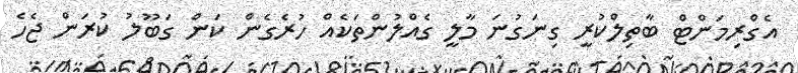
އެގްރިމަންޓް ބާތިލްކުރީ ގިނަގުނަ މާލީ ގެއްލުންތަކެއް ހުރެގެން ކަން ގަބޫލު ކުރަން ޖެހެ